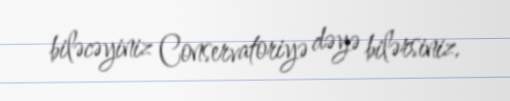
biləcəyiniz Conservatoriyə dəyə bilərsiniz.